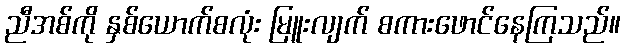
ညီအစ်ကို နှစ်ယောက်စလုံး မြူးလျက် စကားဖောင်နေကြသည်။